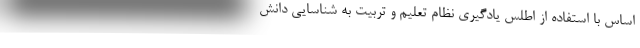
اساس با استفاده از اطلس یادگیری نظام تعلیم و تربیت به شناسایی دانش